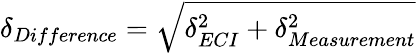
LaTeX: \delta_{Difference}=\sqrt{\delta_{ECI}^{2}+\delta_{Measurement}^{2}}